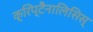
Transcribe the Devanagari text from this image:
क्रिप्टैनालिसिस्